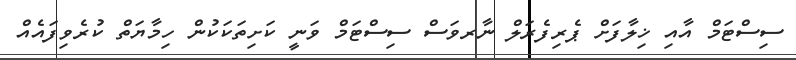
ސިސްޓަމް އާއި ޚިލާފަށް ޕެރިފެރަލް ނާރވަސް ސިސްޓަމް ވަނީ ކަށިތަކަކުން ހިމާޔަތް ކުރެވިފައެއް